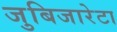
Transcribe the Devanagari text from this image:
जुबिजारेटा